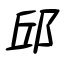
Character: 邱